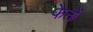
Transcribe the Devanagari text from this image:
फेनों